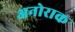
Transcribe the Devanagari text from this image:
अनोराक